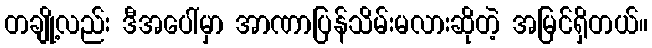
တချို့လည်း ဒီအပေါ်မှာ အာဏာပြန်သိမ်းမလားဆိုတဲ့ အမြင်ရှိတယ်။